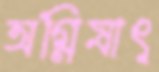
অগ্নিষাৎ